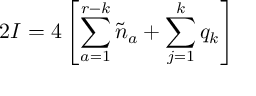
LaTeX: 2 { \cal I } = 4 \left[ \sum _ { a = 1 } ^ { r - k } \tilde { n } _ { a } + \sum _ { j = 1 } ^ { k } q _ { k } \right]